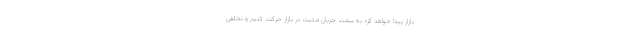
بازار پیدا خواهد کرد به سمت جریان مثبت در بازار حرکت کنیم و تخلفی